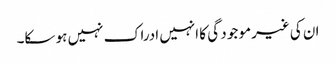
ان کی غیرمو جو د گی کا انہیں ادراک نہیں ہو سکا۔